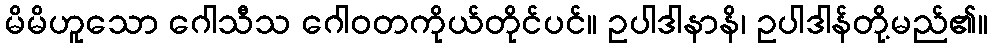
မိမိဟူသော ဂေါသီသ ဂေါဝတကိုယ်တိုင်ပင်။ ဥပါဒါနာနိ၊ ဥပါဒါန်တို့မည်၏။